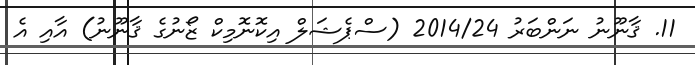
11. ޤާނޫނު ނަންބަރު 2014/24 (ސްޕެޝަލް އިކޮނޮމިކް ޒޯނުގެ ޤާނޫނު) އާއި އެ